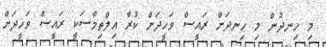
މި ހިނދުން މި ހިނދަށް ރައީސް ވަހީދަށް ކުރާ އިލްތިމާސަކީ ރައީސް ވަހީދަށް